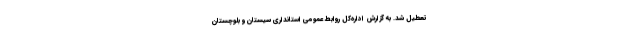
تعطیل شد. به گزارش اداره‌کل روابط عمومی استانداری سیستان و بلوچستان